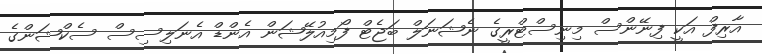
އާރިފް އަކީ ފިނޭންސް މިނިސްޓްރީގެ ނެޝަނަލް ބަޖެޓް ފޯމިއުލޭޝަން އެންޑް އެނަލިސިސް ސެކްޝަންގެ